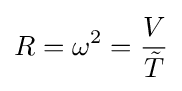
R=\omega ^{2}={\frac {V}{\tilde {T}}}